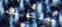
تعتقدينه